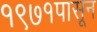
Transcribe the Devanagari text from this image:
१९७१पासून